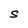
Character: S